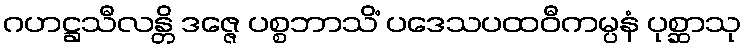
ဂဟဋ္ဌသီလန္တိ ဒဇ္ဇေ ပစ္စဘာသိံ ပဒေသပထဝီကမ္ပနံ ပုစ္ဆာသု